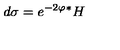
d \sigma = e ^ { - 2 \varphi } { ^ * } H